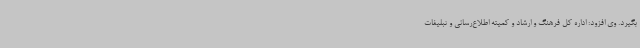
بگیرد. وی افزود: اداره کل فرهنگ و ارشاد و کمیته اطلاع‌رسانی و تبلیغات